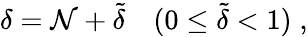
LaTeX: \delta=\mathcal{N}+\tilde{{\delta}}\quad(0\le\tilde{{\delta}}<1)\; ,